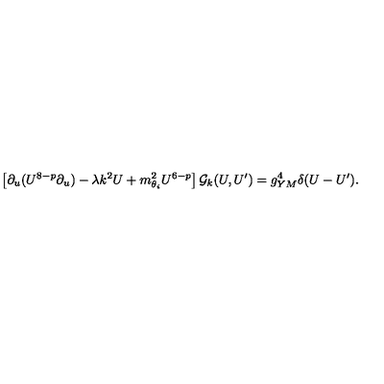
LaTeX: \left[ \partial _ { u } ( U ^ { 8 - p } \partial _ { u } ) - \lambda k ^ { 2 } U + m _ { \theta _ { i } } ^ { 2 } U ^ { 6 - p } \right] { \cal G } _ { k } ( U , U ^ { \prime } ) = g _ { Y M } ^ { 4 } \delta ( U - U ^ { \prime } ) .